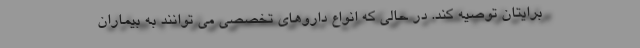
برایتان توصیه کند. در حالی که انواع داروهای تخصصی می توانند به بیماران